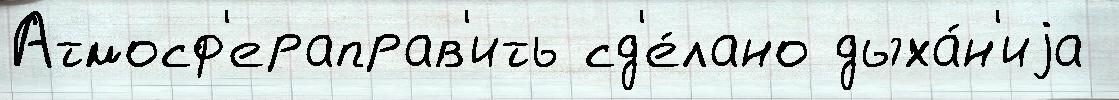
Атмосф'ераправ'ить сд'е́лано дыха́н'иjа